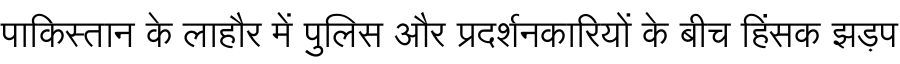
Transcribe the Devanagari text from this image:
पाकिस्तान के लाहौर में पुलिस और प्रदर्शनकारियों के बीच हिंसक झड़प